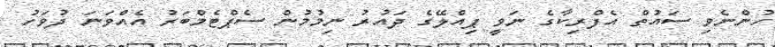
ހުންނެވި ސައުތް އެފްރިކާގެ ނަވީ ޕިއްލޭގެ ދައުރު ނިމުމުން ސެޕްޓެމްބަރު އެއްވަނަ ދުވަހު